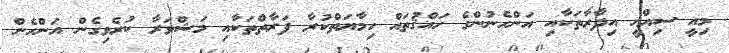
މިއީ ސިއްޙީ އިދާރާތަކާއި އަންހެނުންގެ ހައްޤުތައް ހިމާޔަތްކުރާ ފަރާތްތަކާއި މަޝްވަރާ ކުރެވިގެން އަންހެން